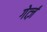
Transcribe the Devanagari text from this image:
गेर्त्ज़